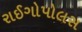
રાઈગોપોલસ